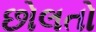
છોલતો